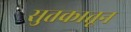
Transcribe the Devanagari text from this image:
सुतकातून